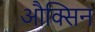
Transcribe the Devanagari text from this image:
औक्सिन